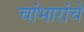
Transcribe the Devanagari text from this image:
चांभारांचे